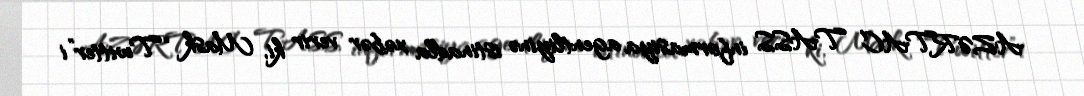
AZƏRTAC TASS informasiya agentliyinə istinadla xəbər verir ki, Mask “Twitter”i